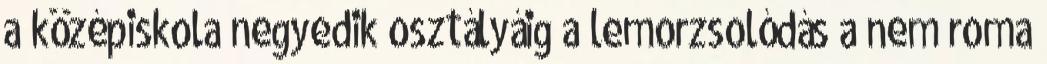
a középiskola negyedik osztályáig a lemorzsolódás a nem roma